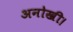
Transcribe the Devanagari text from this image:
अनोखी।